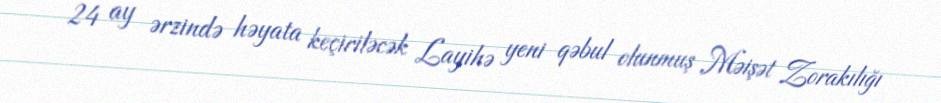
24 ay ərzində həyata keçiriləcək Layihə yeni qəbul olunmuş Məişət Zorakılığı